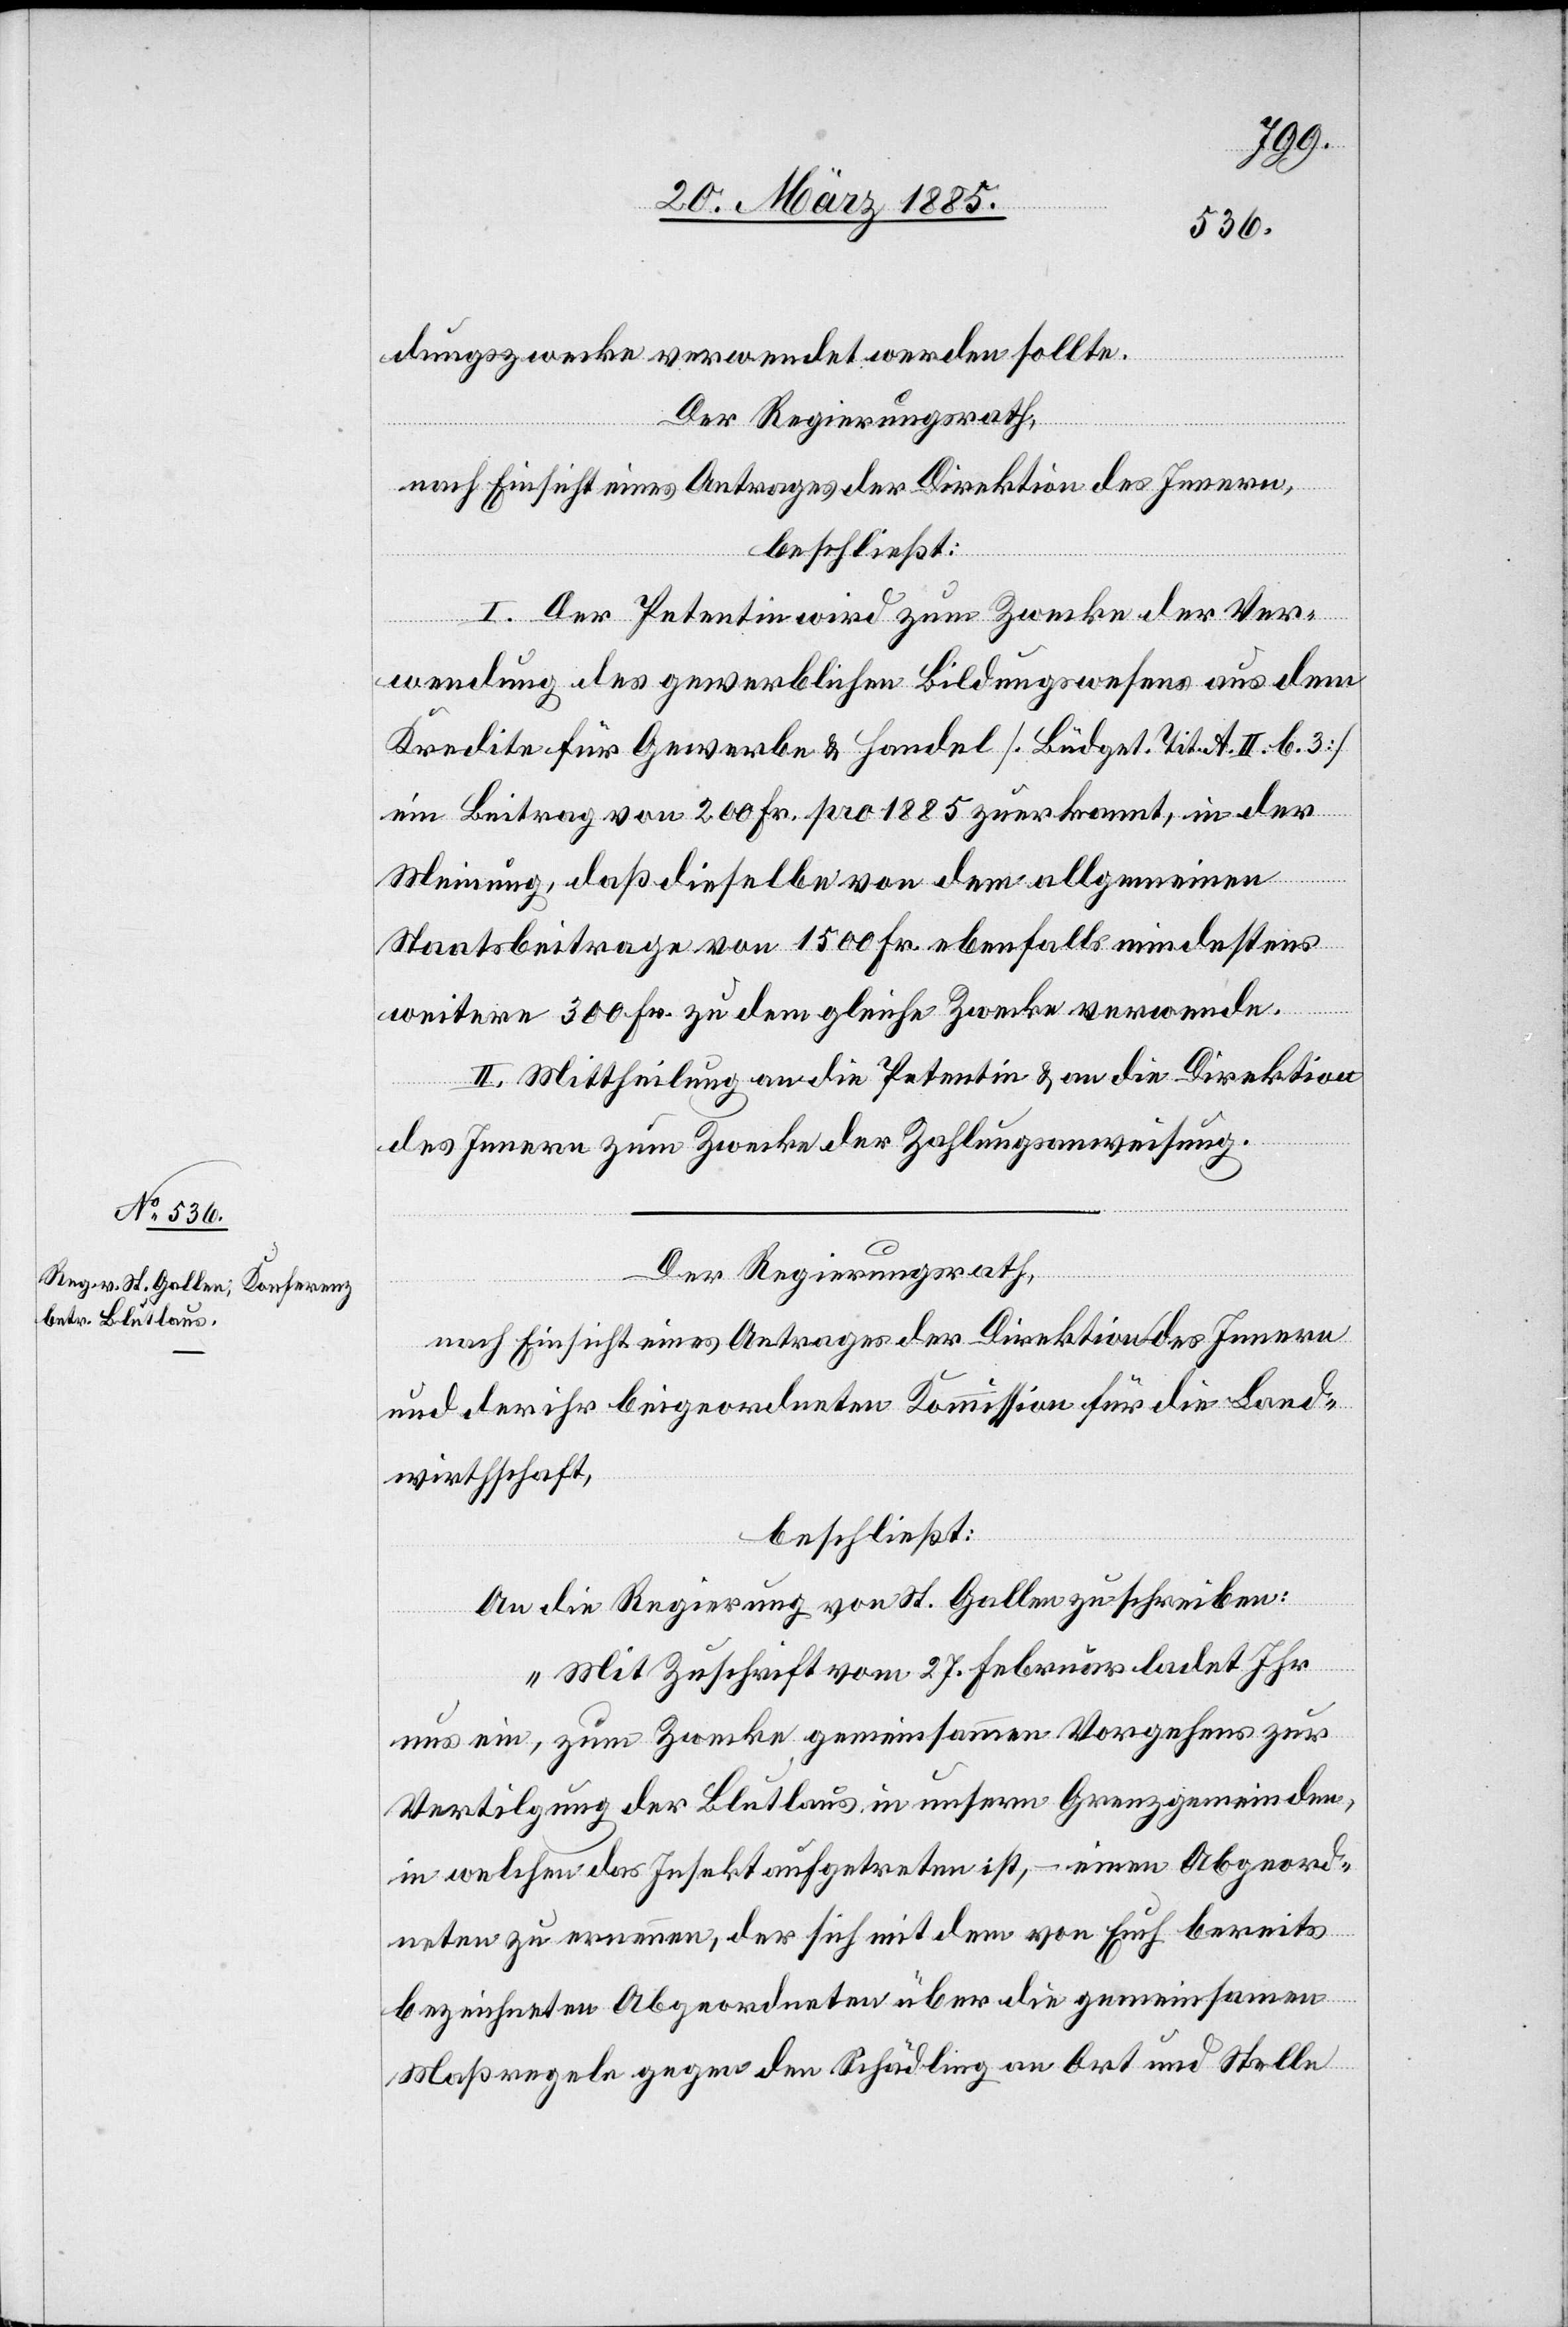
dungszwecke verwendet werden sollte.
Der Regierungsrath,
nach Einsicht eines Antrages der Direktion des Innern,
beschließt:
I. Der Petentin wird zum Zwecke der Ver¬
wendung des gewerblichen Bildungswesens aus dem
Kredite für Gewerbe & Handel [Büdget Tit. A. II. b. 3]
ein Beitrag von 200 Fr. pro 1885 zuerkannt, in der
Meinung, daß dieselbe von dem allgemeinen
Staatsbeitrage von 1500 Fr. ebenfalls mindestens
weitere 300 Fr. zu dem gleiche Zwecke verwende.
II. Mittheilung an die Petentin & an die Direktion
des Innern zum Zwecke der Zahlungsanweisung.
Der Regierungsrath,
nach Einsicht eines Antrages der Direktion des Innern
und der ihr beigeordneten Kommission für die Land¬
wirthschaft,
beschließt:
An die Regierung von St. Gallen zu schreiben:
„Mit Zuschrift vom 27. Februar ladet Ihr
uns ein, zum Zwecke gemeinsamen Vorgehens zur
Vertilgung der Blutlaus in unsern Grenzgemeinden,
in welchen das Insekt aufgetreten ist, – einen Abgeord¬
neten zu ernennen, der sich mit dem von Euch bereits
bezeichneten Abgeordneten über die gemeinsamen
Maßregeln gegen den Schädling an Ort und Stelle